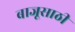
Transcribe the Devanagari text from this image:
बाजूसाठी